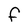
Character: F